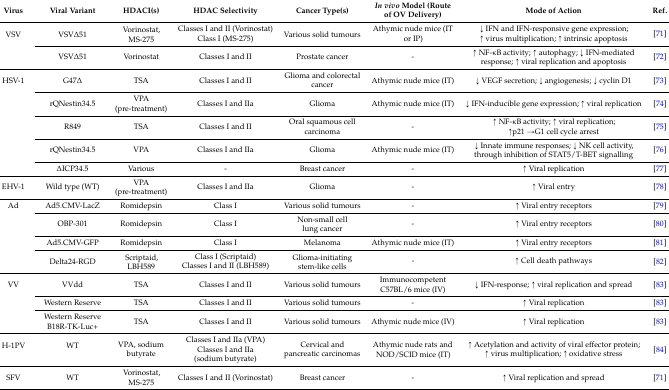
<table><thead><tr><td><b>Virus</b></td><td><b>Viral Variant</b></td><td><b>HDACI(s)</b></td><td><b>HDAC Selectivity</b></td><td><b>Cancer Type(s)</b></td><td><b><i>In vivo</i> Model (Route of OV Delivery)</b></td><td><b>Mode of Action</b></td><td><b>Ref.</b></td></tr></thead><tbody><tr><td rowspan="2">VSV</td><td rowspan="2">VSVΔ51</td><td rowspan="2">Vorinostat, MS-275</td><td>Classes I and II (Vorinostat)</td><td rowspan="2">Various solid tumours</td><td rowspan="2">Athymic nude mice (IT or IP)</td><td rowspan="2">↓ IFN and IFN-responsive gene expression; ↑ virus multiplication; ↑ intrinsic apoptosis</td><td rowspan="2">[71]</td></tr><tr><td>Class I (MS-275)</td></tr><tr><td>[EMPTY_CELL]</td><td>VSVΔ51</td><td>Vorinostat</td><td>Classes I and II</td><td>Prostate cancer</td><td>-</td><td>↑ NF-κB activity; ↑ autophagy; ↓ IFN-mediated response; ↑ viral replication and apoptosis</td><td>[72]</td></tr><tr><td>HSV-1</td><td>G47Δ</td><td>TSA</td><td>Classes I and II</td><td>Glioma and colorectal cancer</td><td>Athymic nude mice (IT)</td><td>↓ VEGF secretion; ↓ angiogenesis; ↓ cyclin D1</td><td>[73]</td></tr><tr><td>[EMPTY_CELL]</td><td>rQNestin34.5</td><td>VPA (pre-treatment)</td><td>Classes I and IIa</td><td>Glioma</td><td>Athymic nude mice (IT)</td><td>↓ IFN-inducible gene expression; ↑ viral replication</td><td>[74]</td></tr><tr><td>[EMPTY_CELL]</td><td>R849</td><td>TSA</td><td>Classes I and II</td><td>Oral squamous cell carcinoma</td><td>-</td><td>↑ NF-κB activity; ↑ viral replication; ↑p21→G1 cell cycle arrest</td><td>[75]</td></tr><tr><td>[EMPTY_CELL]</td><td>rQNestin34.5</td><td>VPA</td><td>Classes I and IIa</td><td>Glioma</td><td>Athymic nude mice (IT)</td><td>↓ Innate immune responses; ↓ NK cell activity, through inhibition of STAT5/T-BET signalling</td><td>[76]</td></tr><tr><td>[EMPTY_CELL]</td><td>ΔICP34.5</td><td>Various</td><td>-</td><td>Breast cancer</td><td>-</td><td>↑ Viral replication</td><td>[77]</td></tr><tr><td>EHV-1</td><td>Wild type (WT)</td><td>VPA (pre-treatment)</td><td>Classes I and IIa</td><td>Glioma</td><td>-</td><td>↑ Viral entry</td><td>[78]</td></tr><tr><td>Ad</td><td>Ad5.CMV-LacZ</td><td>Romidepsin</td><td>Class I</td><td>Various solid tumours</td><td>-</td><td>↑ Viral entry receptors</td><td>[79]</td></tr><tr><td>[EMPTY_CELL]</td><td>OBP-301</td><td>Romidepsin</td><td>Class I</td><td>Non-small cell lung cancer</td><td>-</td><td>↑ Viral entry receptors</td><td>[80]</td></tr><tr><td>[EMPTY_CELL]</td><td>Ad5.CMV-GFP</td><td>Romidepsin</td><td>Class I</td><td>Melanoma</td><td>Athymic nude mice (IT)</td><td>↑ Viral entry receptors</td><td>[81]</td></tr><tr><td rowspan="2">[EMPTY_CELL]</td><td rowspan="2">Delta24-RGD</td><td rowspan="2">Scriptaid, LBH589</td><td>Class I (Scriptaid)</td><td rowspan="2">Glioma-initiating stem-like cells</td><td rowspan="2">-</td><td rowspan="2">↑ Cell death pathways</td><td rowspan="2">[82]</td></tr><tr><td>Classes I and II (LBH589)</td></tr><tr><td>VV</td><td>VVdd</td><td>TSA</td><td>Classes I and II</td><td>Various solid tumours</td><td>Immunocompetent C57BL/6 mice (IV)</td><td>↓ IFN-response; ↑ viral replication and spread</td><td>[83]</td></tr><tr><td>[EMPTY_CELL]</td><td>Western Reserve</td><td>TSA</td><td>Classes I and II</td><td>Various solid tumours</td><td>-</td><td>↑ Viral replication</td><td>[83]</td></tr><tr><td>[EMPTY_CELL]</td><td>Western Reserve B18R-TK-Luc+</td><td>TSA</td><td>Classes I and II</td><td>Various solid tumours</td><td>Athymic nude mice (IV)</td><td>↑ Viral replication</td><td>[83]</td></tr><tr><td rowspan="2">H-1PV</td><td rowspan="2">WT</td><td rowspan="2">VPA, sodium butyrate</td><td>Classes I and IIa (VPA)</td><td rowspan="2">Cervical and pancreatic carcinomas</td><td rowspan="2">Athymic nude rats and NOD/SCID mice (IT)</td><td rowspan="2">↑ Acetylation and activity of viral effector protein; ↑ virus multiplication; ↑ oxidative stress</td><td rowspan="2">[84]</td></tr><tr><td>Classes I and IIa (sodium butyrate)</td></tr><tr><td>SFV</td><td>WT</td><td>Vorinostat, MS-275</td><td>Classes I and II (Vorinostat)</td><td>Breast cancer</td><td>-</td><td>↑ Viral replication and spread</td><td>[71]</td></tr></tbody></table>